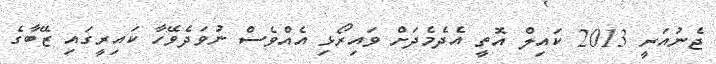
ޖެނުއަރީ 2013 ކައިލް އޮތީ އެދެމެދަށް ވައިރޯޅި އެއްވެސް ނުވަދެވޭހާ ކައިރީގައި ޒޭބާގެ